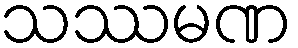
သဿမဏ